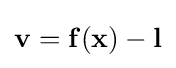
{\textstyle \mathbf {v} =\mathbf {f} (\mathbf {x} )-\mathbf {l} }